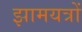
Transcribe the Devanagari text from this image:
झामयत्रों